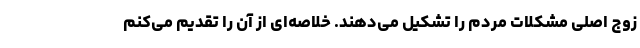
زوج اصلی مشکلات مردم را تشکیل می‌دهند. خلاصه‌ای از آن را تقدیم می‌کنم